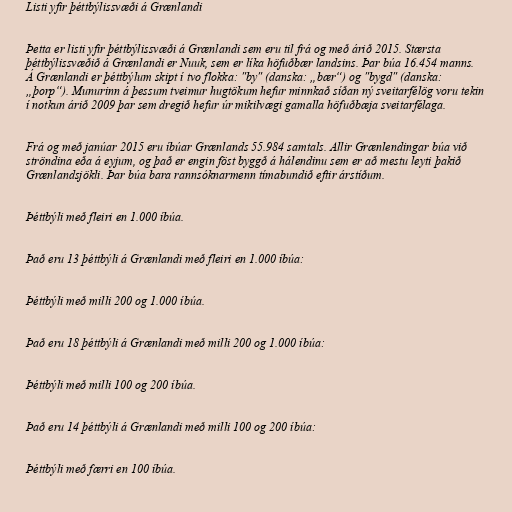
Listi yfir þéttbýlissvæði á Grænlandi

Þetta er listi yfir þéttbýlissvæði á Grænlandi sem eru til frá og með árið 2015. Stærsta
þéttbýlissvæðið á Grænlandi er Nuuk, sem er líka höfuðbær landsins. Þar búa 16.454 manns.
Á Grænlandi er þéttbýlum skipt í tvo flokka: "by" (danska: „bær“) og "bygd" (danska:
„þorp“). Munurinn á þessum tveimur hugtökum hefur minnkað síðan ný sveitarfélög voru tekin
í notkun árið 2009 þar sem dregið hefur úr mikilvægi gamalla höfuðbæja sveitarfélaga.

Frá og með janúar 2015 eru íbúar Grænlands 55.984 samtals. Allir Grænlendingar búa við
ströndina eða á eyjum, og það er engin föst byggð á hálendinu sem er að mestu leyti þakið
Grænlandsjökli. Þar búa bara rannsóknarmenn tímabundið eftir árstíðum.

Þéttbýli með fleiri en 1.000 íbúa.

Það eru 13 þéttbýli á Grænlandi með fleiri en 1.000 íbúa:

Þéttbýli með milli 200 og 1.000 íbúa.

Það eru 18 þéttbýli á Grænlandi með milli 200 og 1.000 íbúa:

Þéttbýli með milli 100 og 200 íbúa.

Það eru 14 þéttbýli á Grænlandi með milli 100 og 200 íbúa:

Þéttbýli með færri en 100 íbúa.